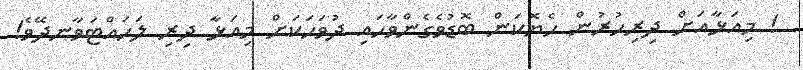
! މިއަޅާއަށް ދިރިހުރުން ހެޔޮކަން ބޮޑުވެގެންވާހައި ދުވަހަކަށް މިއަޅާ ދިރި ލަހައްޓަވާނދޭވެ!